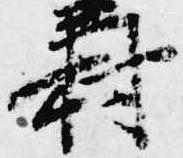
村